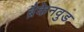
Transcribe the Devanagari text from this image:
ब्रैकेनवुड